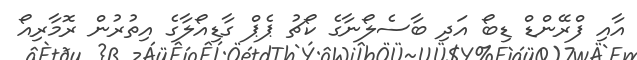
އާއި ފްރޭންޑް ޑިބޯ އަދި ބާސެލޯނާގެ ކޯޗު ޕެޕް ގާޑިއޯލާގެ އިތުރުން ރޮމާރިއޯ